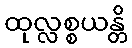
ထုလ္လစ္စယန္တိ